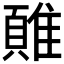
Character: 𲉮